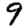
Digit: 9